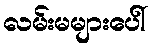
လမ်းမများပေါ်